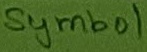
Text: Symbol